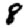
Digit: 8